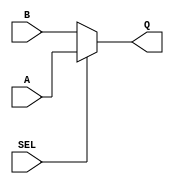
// This program was cloned from: https://github.com/simonmonk/prog_fpgas
// License: MIT License

module data_selector(
    input A,
    input B,
    input SEL,
    output reg Q
    );

always @(A or B or SEL)
begin
	if (SEL) 
		Q = A;
	else
		Q = B;
end

endmodule